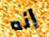
إنه